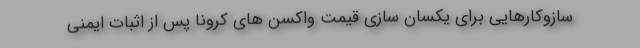
سازوکارهایی برای یکسان سازی قیمت واکسن های کرونا پس از اثبات ایمنی